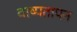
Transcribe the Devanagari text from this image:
वाष्पतापन